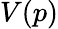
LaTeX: V(p)